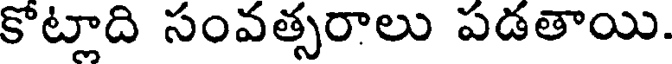
కొట్లాది సంవత్సరాలు పడతాయి.